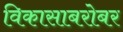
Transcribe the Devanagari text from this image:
विकासाबरोबर